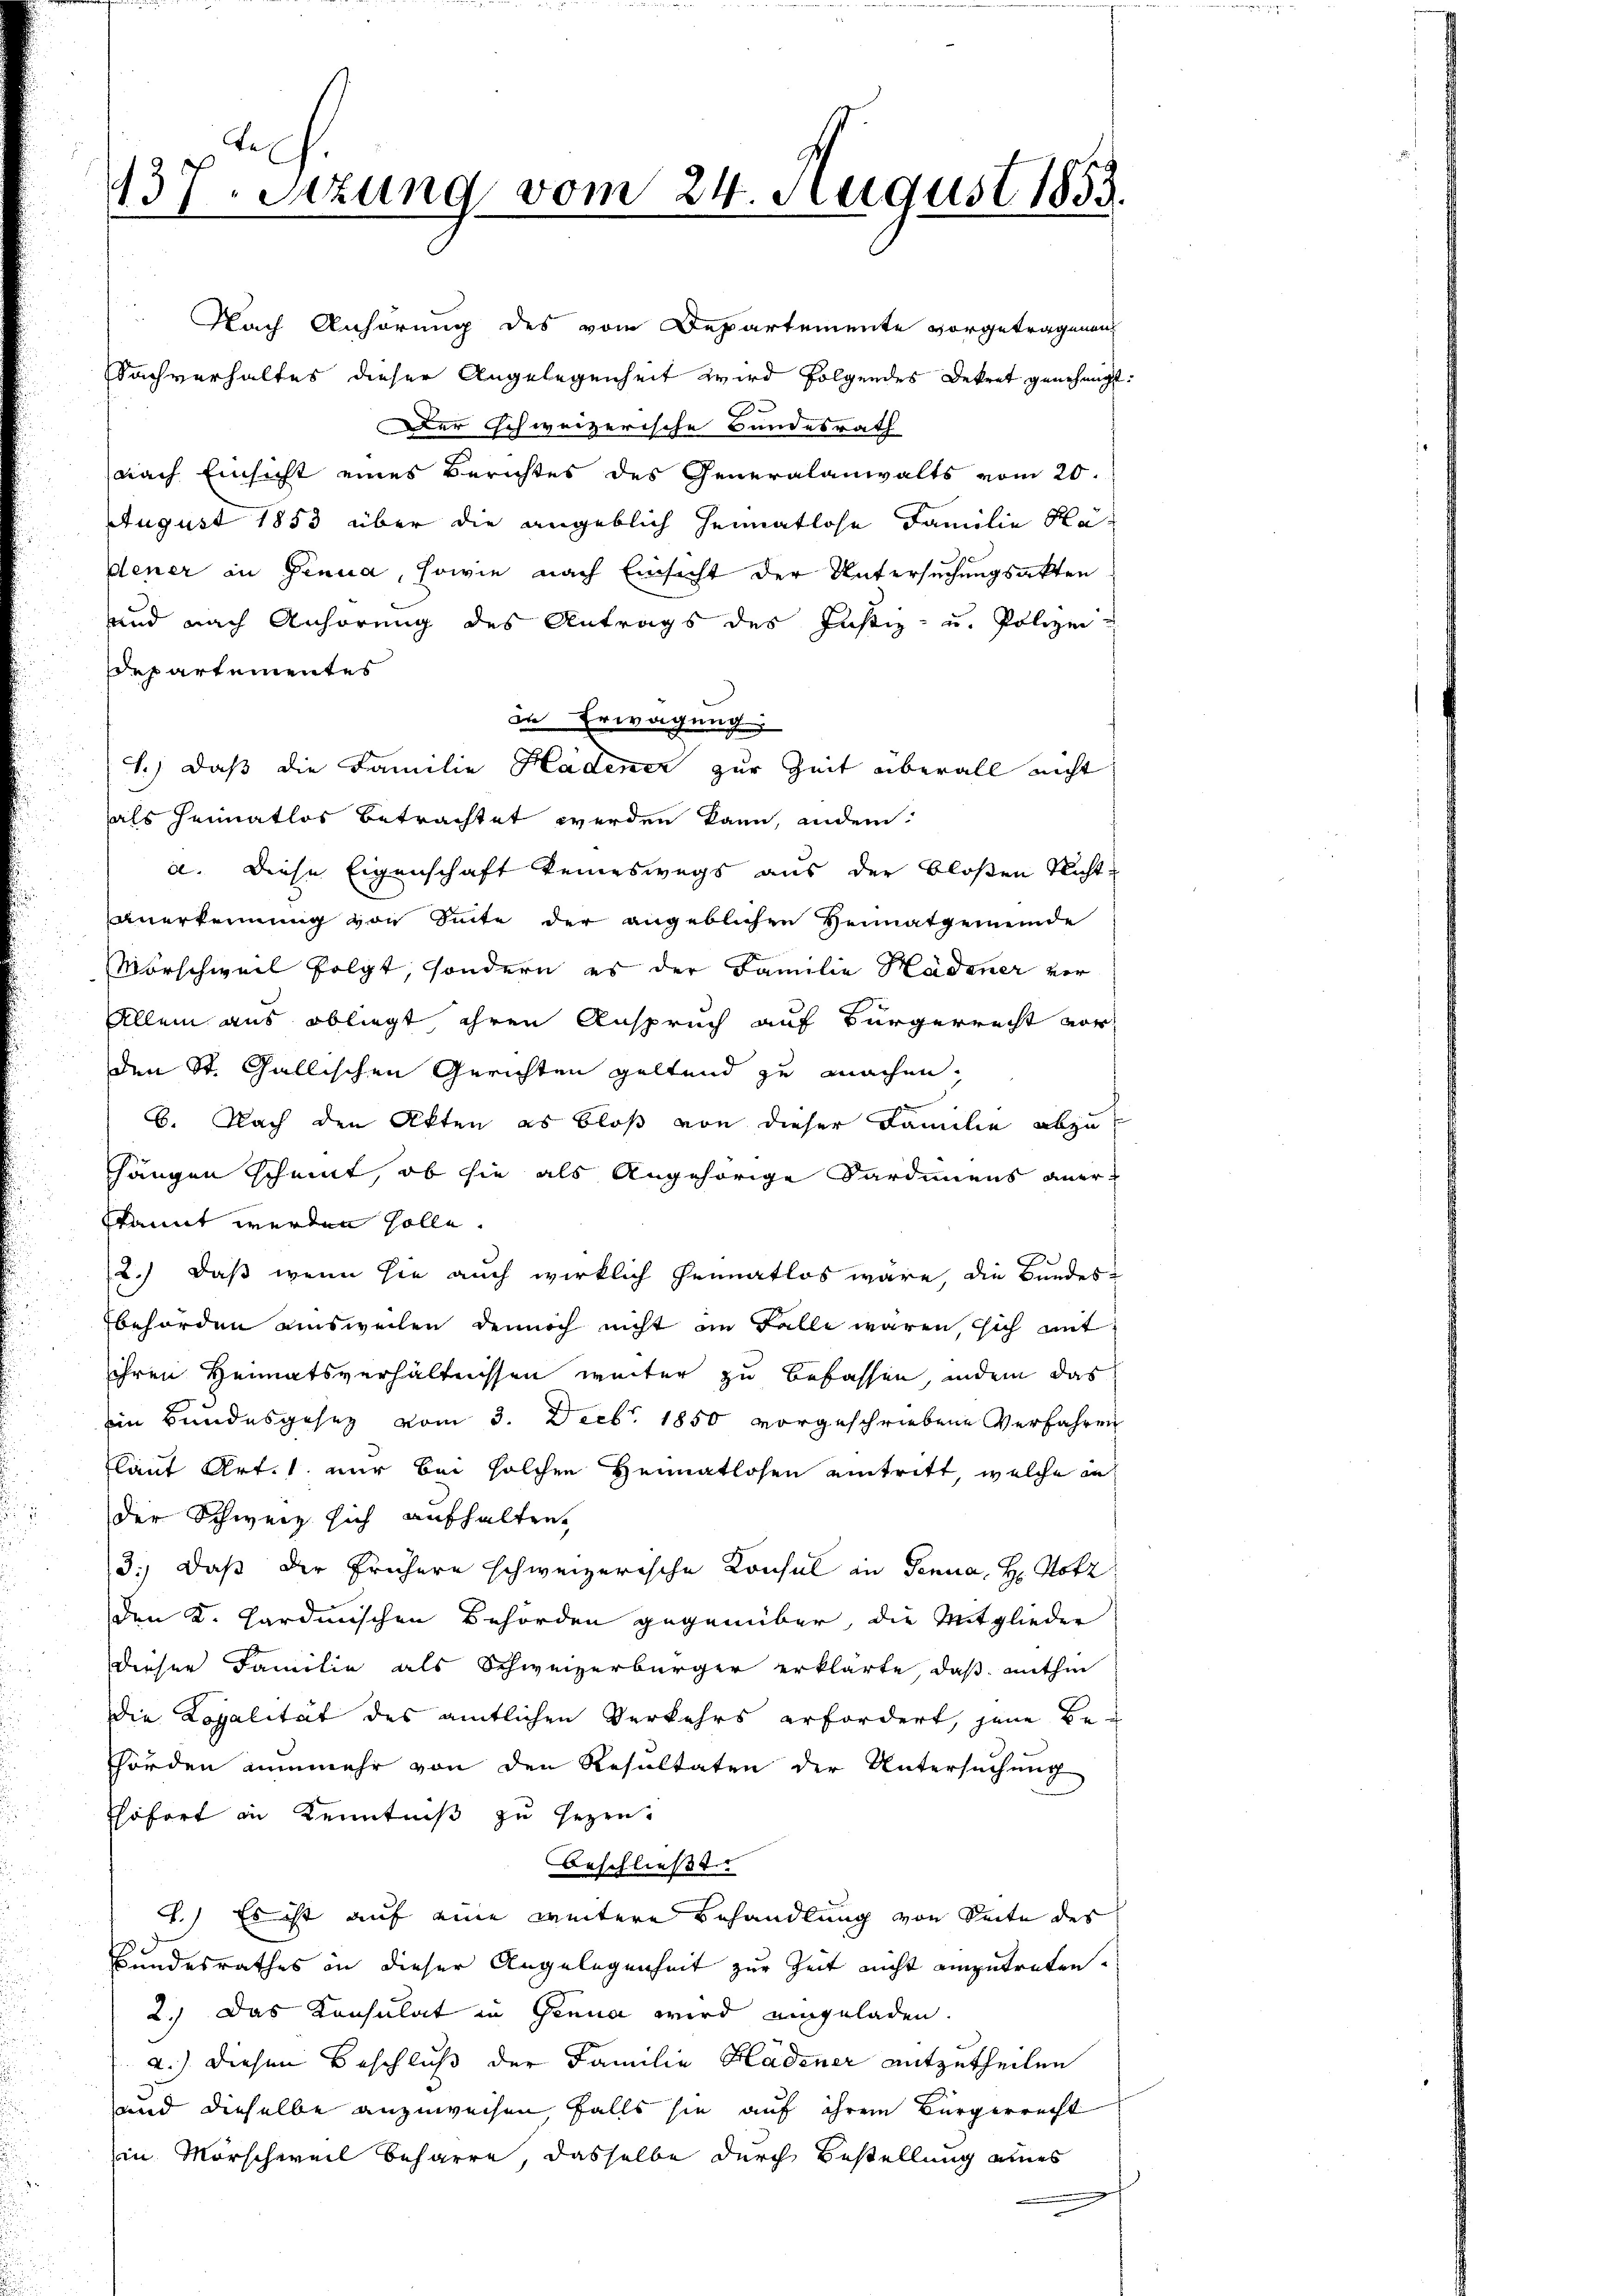
le
137. Sitzung vom 24. August 1853.

Nach Anhörung des vom Departemente vorgetragenen
Sachverhaltes dieser Angelegenheit wird folgendes Dekret genehmigt:
.
Der Schweizerische Bundesrath
nach Einsicht eines Berichtes des Generalanwalts vom 20.
August 1853 über die angeblich heimatlose Familie Hadener in Genua, sowie nach Einsicht der Untersuchungsakten
und nach Anhörung des Antrags des Justiz- u. Polizei
Departementes
in Erwägung
1.) Daß die Familie Hadener zur Zeit überall nicht
als Heimatlos betrachtet werden kann, andem:
a. Diese Eigenschaft keineswegs aus der bloßen Nichtanerkennung von Seite der angeblichen Heimatgemeinde
Mörschweil folgt, sondern es der Familie Hädener vor
Allein aus obliegt ihren Anspruch auf Bürgerrecht vor
den St. Gallischen Gerichten geltend zu machen.
6. Nach den Akten es bloß von dieser Familie abzuhängen scheint, ob sie als Angehörige Sardinens anerkannt werden solle.
2.) Daß wenn sie auch wirklich Heimatlos wäre, die Bundes-
behörden ausweilen dennoch nicht im Falle waren, sich mit
ihren Heimatsverhältnissen weiter zu befassen, indem das
Ein Bundesgesetz vom 3. Decbr. 1850 vorgeschriebene Verfahren
laut Art. 1 nur bei solchen Heimatlosen eintritt, welche in
der Schweiz sich aufhalten,
3.) Daß der frühere schweizerische Konsul in Genua, H. Hotz
den K. Hardmischen Behörden gegenüber, die Mitglieder
dieser Familie als Schweizerbürger erklärte, daß mithin
die Kopalität des amtlichen Verkehrs erfordert, jene Be-
hörden nunmehr von den Resultaten der Untersuchung
Ehofort in Kenntniß zu Gezen.
Beschließt:
1.) Es ist auf eine weitere Behandlung von Seite des
Bundesrathes in dieser Angelegenheit zur Zeit nicht einzutreten.
2.) Das Konsulat in Genua wird eingeladen.
2.) Diesen Beschluß der Familie Hadener mitzutheilen
und dieselbe anzuweisen falls sie auf ihrem Bürgerrecht
in Morschweil beharre, dasselbe durch Bestellung eines